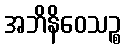
အဘိနိဝေသဉ္စ